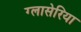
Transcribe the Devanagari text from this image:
ग्लासेरिया